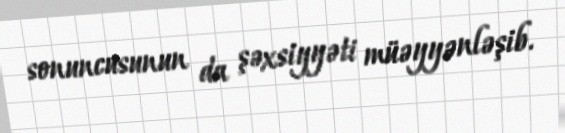
sonuncusunun da şəxsiyyəti müəyyənləşib.